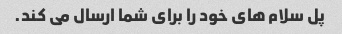
پل سلام های خود را برای شما ارسال می کند.